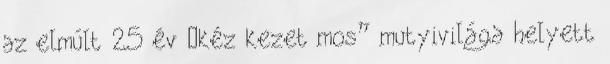
az elmúlt 25 év „kéz kezet mos” mutyivilága helyett